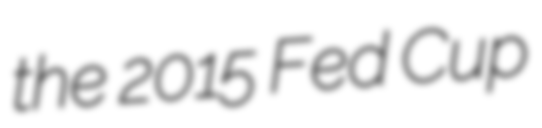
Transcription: the 2015 Fed Cup